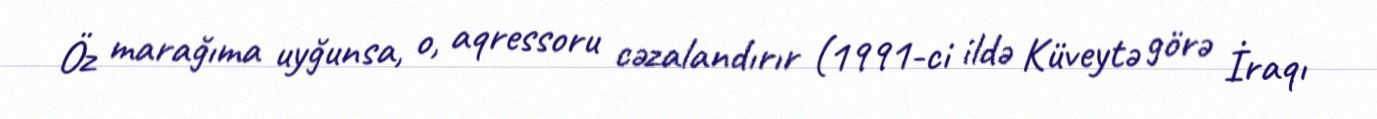
Öz marağıma uyğunsa, o, aqressoru cəzalandırır (1991-ci ildə Küveytə görə İraqı